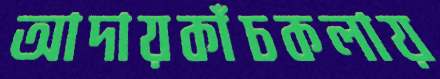
আদায়কাঁচকলায়